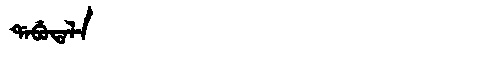
Manchu: ᡩᠠᠪᡠᡨᠠᠯᠠ
Romanization: DABUTALA